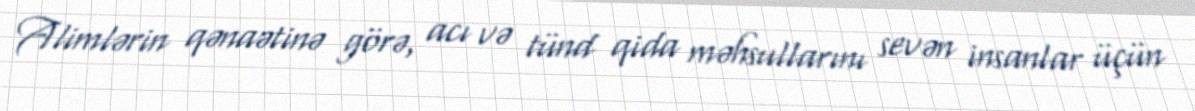
Alimlərin qənaətinə görə, acı və tünd qida məhsullarını sevən insanlar üçün